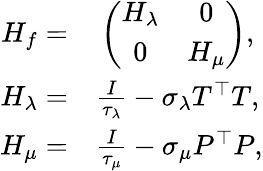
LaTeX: \begin{array}{rl}{H_{f}=}&{{}\left(\begin{array}{cc}{H_{\lambda}}&{0}\\ {0}&{H_{\mu}}\end{array}\right),}\\ {H_{\lambda}=}&{{}\frac{I}{\tau_{\lambda}}-\sigma_{\lambda}T^{\top}T,}\\ {H_{\mu}=}&{{}\frac{I}{\tau_{\mu}}-\sigma_{\mu}P^{\top}P,}\end{array}